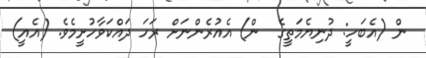
ން (އެބަހީ: ދުނިޔެމަތީގެ  ން) އެއުރެންނަށް ރަހަ ދައްކަވާހުށީމެވެ. (އެއީ)